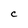
Character: C